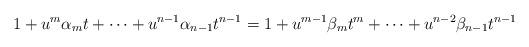
LaTeX: \begin{align*}1+ u^m\alpha_mt +\cdots + u^{n-1}\alpha_{n-1}t^{n-1} = 1+ u^{m-1}\beta_mt^m +\cdots + u^{n-2}\beta_{n-1}t^{n-1}\end{align*}